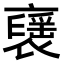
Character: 𧝾